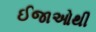
ઈજાઓથી